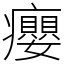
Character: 癭